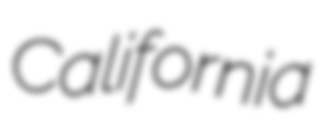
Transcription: California